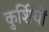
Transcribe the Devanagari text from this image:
कुर्शियों